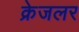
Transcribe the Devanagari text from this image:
क्रेजलर